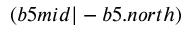
( b 5 m i d | - b 5 . n o r t h )